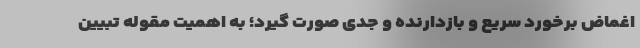
اغماض برخورد سریع و بازدارنده و جدی صورت گیرد؛ به اهمیت مقوله تبیین